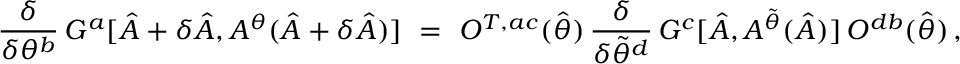
\frac { \delta } { \delta \theta ^ { b } } \, G ^ { a } [ \hat { A } + \delta \hat { A } , A ^ { \theta } ( \hat { A } + \delta \hat { A } ) ] \ = \ O ^ { T , a c } ( \hat { \theta } ) \, \frac { \delta } { \delta \tilde { \theta } ^ { d } } \, G ^ { c } [ \hat { A } , A ^ { \tilde { \theta } } ( \hat { A } ) ] \, O ^ { d b } ( \hat { \theta } ) \, ,